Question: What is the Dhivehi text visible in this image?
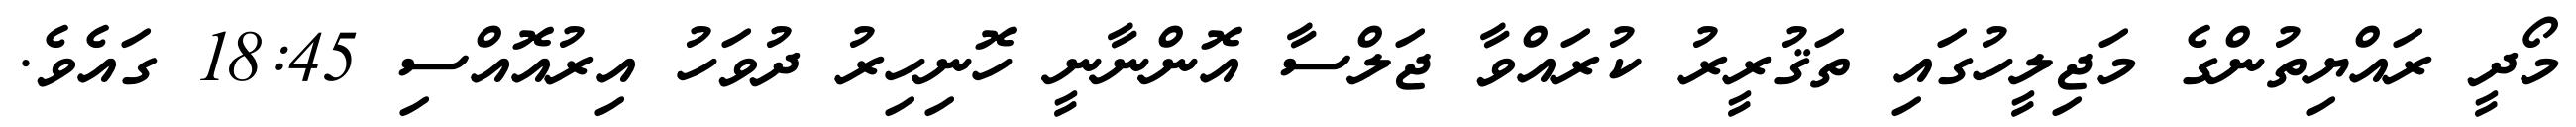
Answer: މޯދީ ރައްޔިތުންގެ މަޖިލީހުގައި ތަޤުރީރު ކުރައްވާ ޖަލްސާ އޮންނާނީ ހޮނިހިރު ދުވަހު އިރުއޮއްސި 18:45 ގައެވެ.